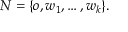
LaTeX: N = \{ o , w _ { 1 } , \ldots , w _ { k } \} .